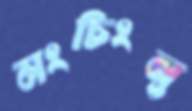
মংচিংনু